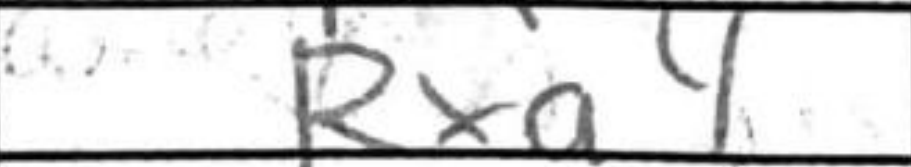
Transcription: Rxa4